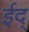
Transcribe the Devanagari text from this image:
ईद्